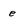
Character: e